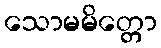
သောမမိတ္တော